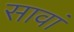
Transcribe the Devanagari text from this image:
सावां